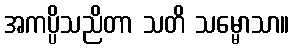
အကပ္ပိသညိတာ သတိ သမ္မောသာ။